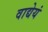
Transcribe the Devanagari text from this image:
वाद्येयं